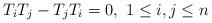
LaTeX: \begin{align*}T_{i} T_{j} - T_{j} T_{i} = 0,~ 1\leq i,j \leq n\end{align*}